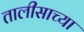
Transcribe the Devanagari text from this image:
तालीसाच्या